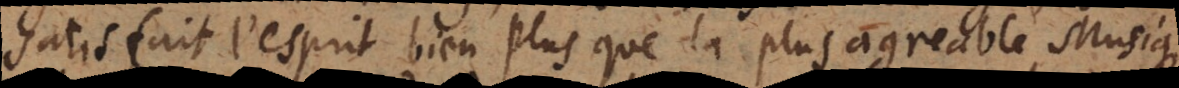
satisfait l’esprit bien plus que la plus agreable Musique